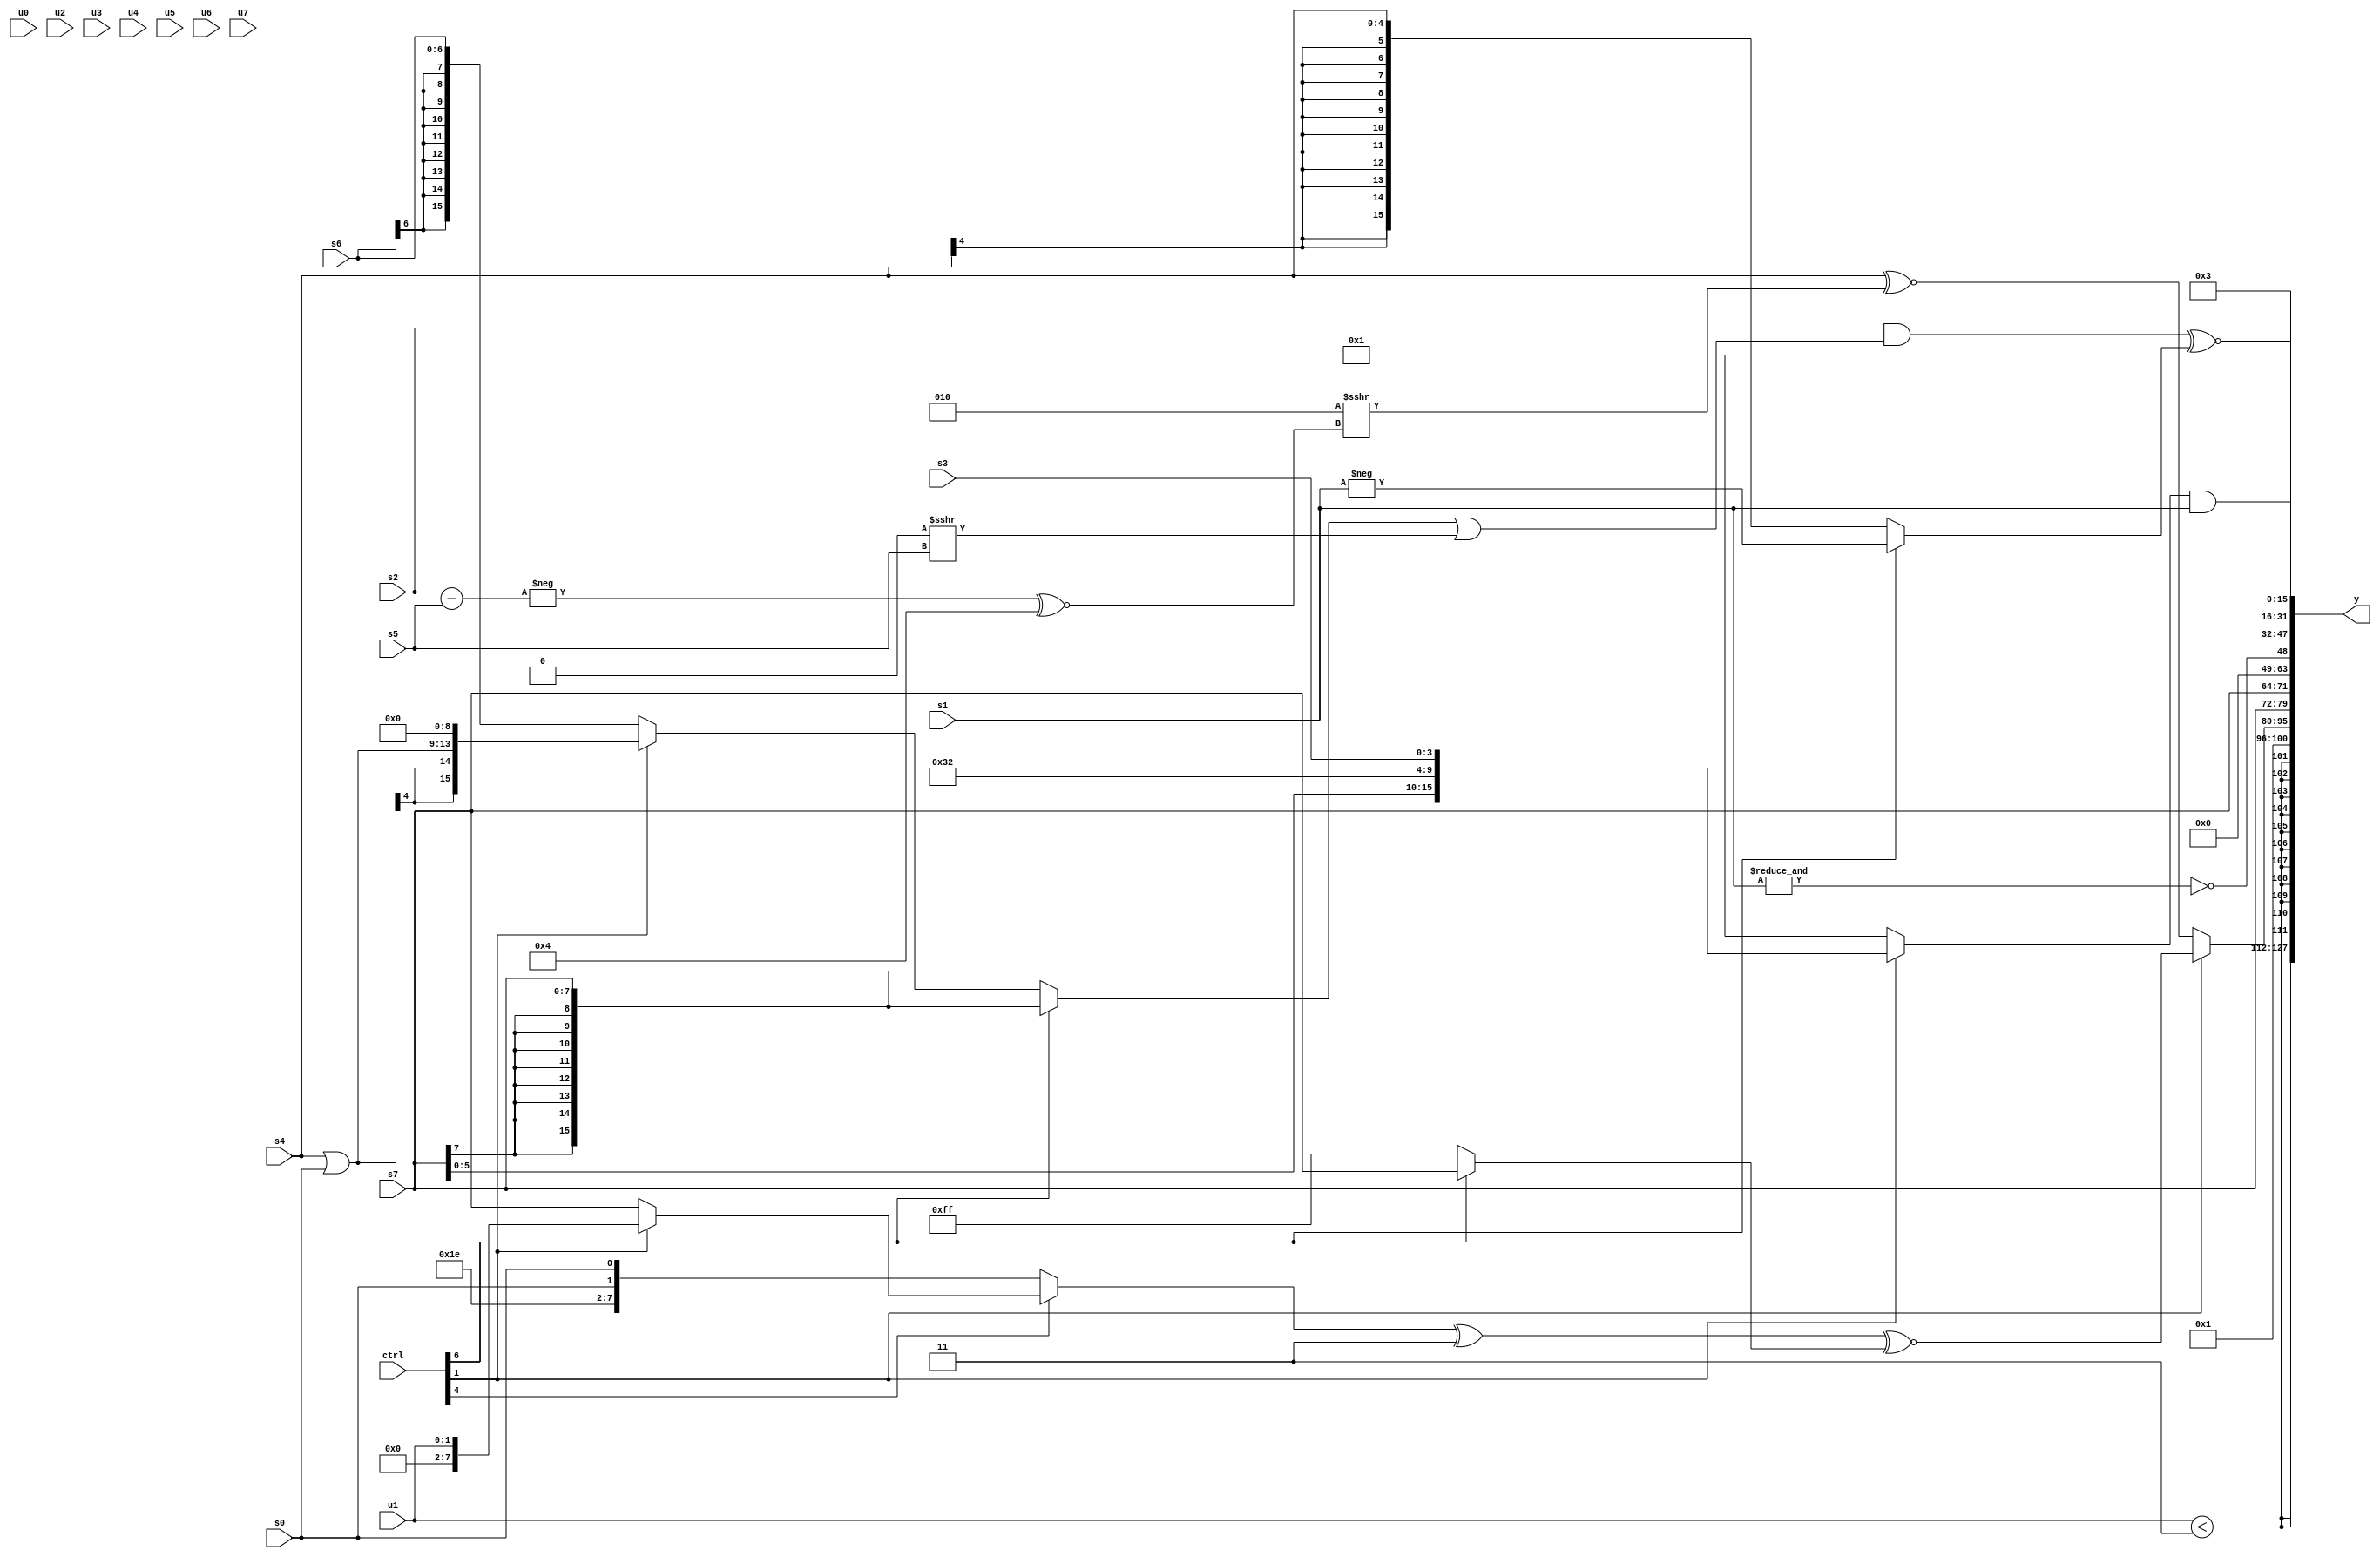
module wideexpr_00793(ctrl, u0, u1, u2, u3, u4, u5, u6, u7, s0, s1, s2, s3, s4, s5, s6, s7, y);
  input [7:0] ctrl;
  input [0:0] u0;
  input [1:0] u1;
  input [2:0] u2;
  input [3:0] u3;
  input [4:0] u4;
  input [5:0] u5;
  input [6:0] u6;
  input [7:0] u7;
  input signed [0:0] s0;
  input signed [1:0] s1;
  input signed [2:0] s2;
  input signed [3:0] s3;
  input signed [4:0] s4;
  input signed [5:0] s5;
  input signed [6:0] s6;
  input signed [7:0] s7;
  output [127:0] y;
  wire [15:0] y0;
  wire [15:0] y1;
  wire [15:0] y2;
  wire [15:0] y3;
  wire [15:0] y4;
  wire [15:0] y5;
  wire [15:0] y6;
  wire [15:0] y7;
  assign y = {y0,y1,y2,y3,y4,y5,y6,y7};
  assign y0 = s7;
  assign y1 = $signed({(+($unsigned(u1)))<(3'sb011),5'sb00001});
  assign y2 = (ctrl[1]?($signed($signed(((ctrl[4]?(ctrl[1]?u1:(ctrl[1]?s5:s7)):$unsigned({5'sb11110,s0,s0})))^(3'b011))))^~((ctrl[6]?s7:2'sb11)):(s4)^~((5'sb00010)>>>({1{(-((+(s2))-(s5)))^~(5'sb00100)}})));
  assign y3 = $signed({4{+(s7)}});
  assign y4 = ~&(s1);
  assign y5 = 3'sb011;
  assign y6 = ((s2)&(((ctrl[6]?s7:(ctrl[1]?((s4)|($signed(s0)))<<(-(4'sb0111)):s6)))|((1'sb0)>>>(s5))))^~((ctrl[6]?-(s1):s4));
  assign y7 = ({2{{3{(ctrl[1]?{s7,6'sb110010,s3}:|(2'sb11))}}}})&(s1);
endmodule